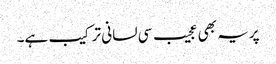
پریہ بھی عجیب سی لسانی ترکیب ہے۔